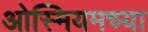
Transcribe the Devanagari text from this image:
ओस्मियमच्या